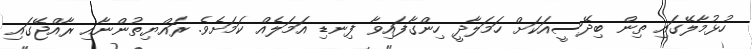
ހުޅުމާލޭގައި ތިން ބިދޭސީއަކަށް ހަމަލާދީ ހިންގާފައިވާ ފިނޑި އަމަލެއް ކަމަށެވެ. ރައްޔިތުންނާއި ރާއްޖޭގައި